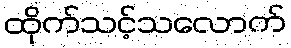
ထိုက်သင့်သလောက်